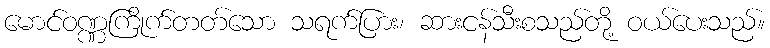
မောင်ဝဏ္ဏကြိုက်တတ်သော သရက်ပြား၊ ဆားငန်သီးစသည်တို့ ဝယ်ပေးသည်။